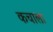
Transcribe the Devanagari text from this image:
कचाला